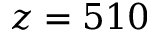
z = 5 1 0